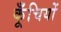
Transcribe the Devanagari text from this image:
कूँचियों